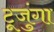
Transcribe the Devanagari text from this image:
टूजुंगा